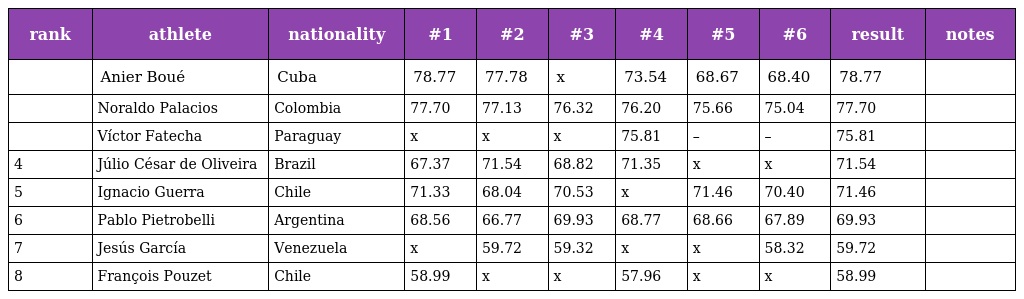
| rank | athlete | nationality | #1 | #2 | #3 | #4 | #5 | #6 | result | notes |
 | --- | --- | --- | --- | --- | --- | --- | --- | --- | --- | --- |
 |  | Anier Boué | Cuba | 78.77 | 77.78 | x | 73.54 | 68.67 | 68.40 | 78.77 |  |
 |  | Noraldo Palacios | Colombia | 77.70 | 77.13 | 76.32 | 76.20 | 75.66 | 75.04 | 77.70 |  |
 |  | Víctor Fatecha | Paraguay | x | x | x | 75.81 | – | – | 75.81 |  |
 | 4 | Júlio César de Oliveira | Brazil | 67.37 | 71.54 | 68.82 | 71.35 | x | x | 71.54 |  |
 | 5 | Ignacio Guerra | Chile | 71.33 | 68.04 | 70.53 | x | 71.46 | 70.40 | 71.46 |  |
 | 6 | Pablo Pietrobelli | Argentina | 68.56 | 66.77 | 69.93 | 68.77 | 68.66 | 67.89 | 69.93 |  |
 | 7 | Jesús García | Venezuela | x | 59.72 | 59.32 | x | x | 58.32 | 59.72 |  |
 | 8 | François Pouzet | Chile | 58.99 | x | x | 57.96 | x | x | 58.99 |  |